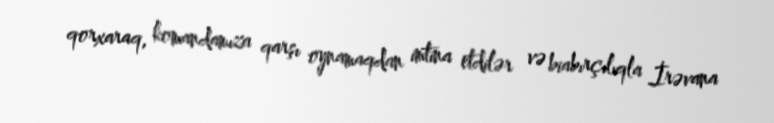
qorxaraq, komandamıza qarşı oynamaqdan imtina etdilər və biabırçılıqla İrəvana